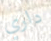
داري